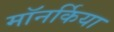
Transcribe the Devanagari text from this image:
मॉनर्किया